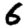
Digit: 6